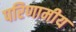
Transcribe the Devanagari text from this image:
परिणामीय